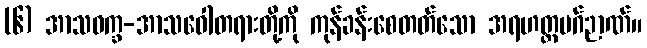
(၆) အာသဝက္ခ-အာသဝေါတရားတို့ကို ကုန်ခန်းစေတတ်သော အရဟတ္တမဂ်ဉာဏ်။